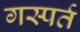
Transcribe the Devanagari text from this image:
गस्पर्त